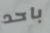
باحد